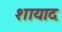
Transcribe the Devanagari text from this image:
शायाद